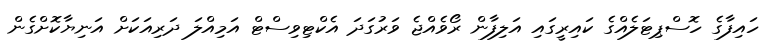
ހައިފާގެ ހޮސްޕިޓަލެއްގެ ކައިރީގައި އަލިފާން ރޯވެއްޖެ ވަރުގަދަ އެކްޓިވިސްޓް އަމިއްލަ ދަރިއަކަށް އަނިޔާކޮށްގެން